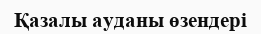
Қазалы ауданы өзендері